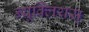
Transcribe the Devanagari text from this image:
न्यूक्लियस्